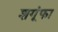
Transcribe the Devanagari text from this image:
शगूंफा